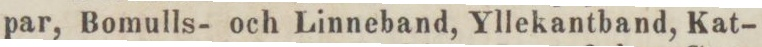
par, Bomulls- och Linneband, Yllekantband, Kat-